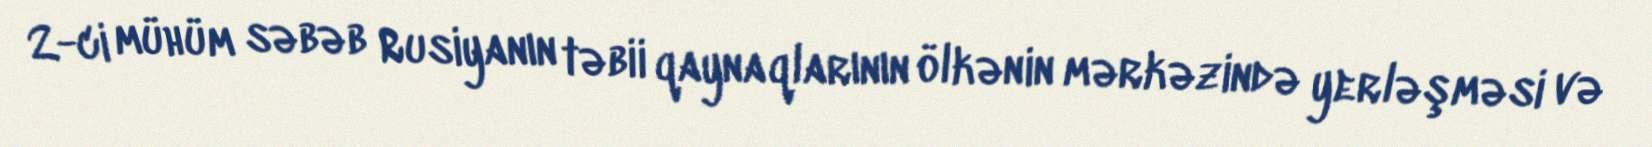
2-ci mühüm səbəb Rusiyanın təbii qaynaqlarının ölkənin mərkəzində yerləşməsi və